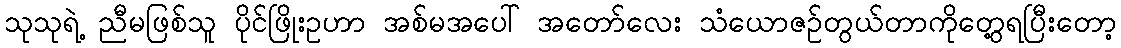
သုသုရဲ့ ညီမဖြစ်သူ ပိုင်ဖြိုးဥဟာ အစ်မအပေါ် အတော်လေး သံယောဇဉ်တွယ်တာကိုတွေ့ရပြီးတော့